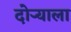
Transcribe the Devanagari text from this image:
दोऱ्याला